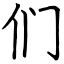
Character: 们